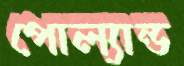
পোল্যান্ড